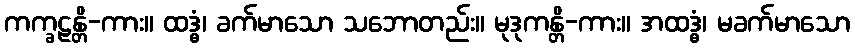
ကက္ခဠန္တိ-ကား။ ထဒ္ဓံ၊ ခက်မာသော သဘောတည်း။ မုဒုကန္တိ-ကား။ အထဒ္ဓံ၊ မခက်မာသော